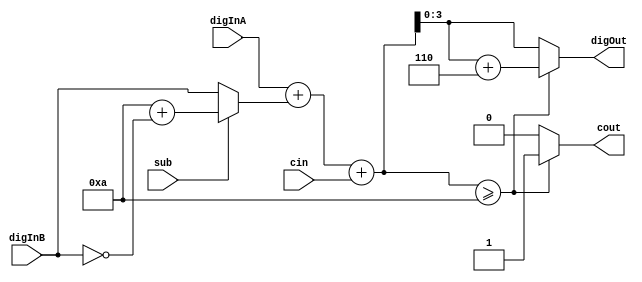
module deciadd (digInA, digInB, sub, cin, digOut, cout);
////////////////////////////////////////////////////////////////
//  input/output declarations
////////////////////////////////////////////////////////////////
input   [3:0]   digInA, digInB;

input   sub, cin;

output  [3:0]  digOut;
reg [3:0] digOut;

output  cout;
reg cout;


reg [3:0] B_value;
reg [4:0] sum;

//
// implements the 10's complement BCD for each digit
//
  always @ (*)
    begin
      if (sub == 1) //if we are subtracting
        begin
          B_value = 10 + ~digInB; //the 10's complement of the digit
        end
      else
        begin
          B_value = digInB; //leave it alone, because it is addition
        end

      sum = digInA + B_value + cin; //we add the new value of digit B to digit A and the carry in value

      //now we need to convert back from binary to BCD
      if (sum >= 4'b1010)
        begin
          cout = 1;
          digOut = sum + 4'b0110;
        end
      else
        begin
          cout = 0;
          digOut = sum;
        end
    end

endmodule